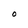
Character: 0